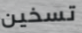
تسخين